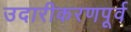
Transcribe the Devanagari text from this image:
उदारीकरणपूर्व